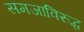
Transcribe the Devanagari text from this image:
समजाविरुद्ध